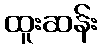
ထူးဆန်း